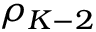
\rho _ { K - 2 }